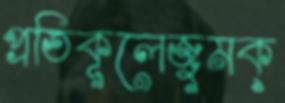
প্রতিকূলেজুমক্